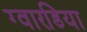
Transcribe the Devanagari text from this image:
ग्वारडिया